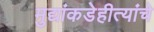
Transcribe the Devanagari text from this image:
मुद्यांकडेहीत्यांचे